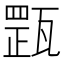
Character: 𤭺